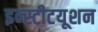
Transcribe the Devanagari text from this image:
इन्स्टीटयूशन